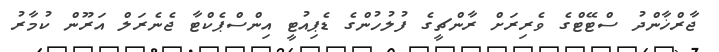
ޖާރްޚާންދު ސްޓޭޓްގެ ވެރިރަށް ރާންޗީގެ ފުލުހުންގެ ޑެޕިއުޓީ އިންސްޕެކްޓާ ޖެނެރަލް އަރޫން ކުމާރު